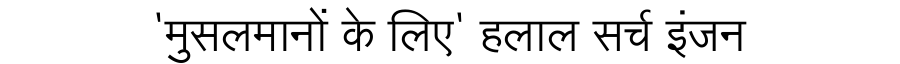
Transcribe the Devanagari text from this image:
'मुसलमानों के लिए' हलाल सर्च इंजन